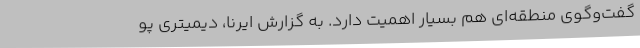
گفت‌وگوی منطقه‌ای هم بسیار اهمیت دارد. به گزارش ایرنا، دیمیتری پو